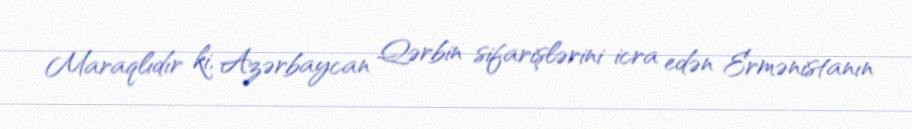
Maraqlıdır ki, Azərbaycan Qərbin sifarişlərini icra edən Ermənistanın